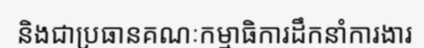
និងជាប្រធានគណៈកម្មាធិការដឹកនាំការងារ